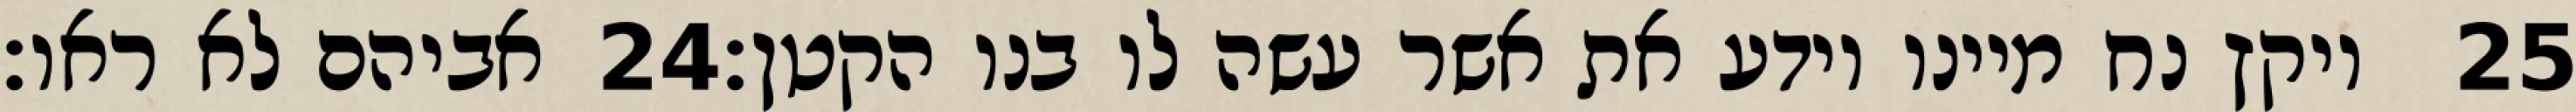
אביהם לא ראו׃ ‎24‏ ויקץ נח מיינו וידע את אשר עשה לו בנו הקטן׃ ‎25‏